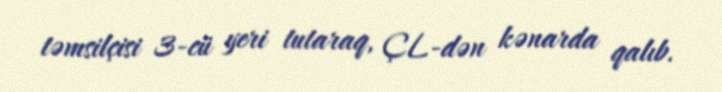
təmsilçisi 3-cü yeri tutaraq, ÇL-dən kənarda qalıb.